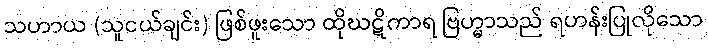
သဟာယ (သူငယ်ချင်း) ဖြစ်ဖူးသော ထိုဃဋိကာရ ဗြဟ္မာသည် ရဟန်းပြုလိုသော